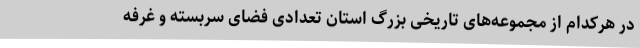
در هرکدام از مجموعه‌های تاریخی بزرگ استان تعدادی فضای سربسته و غرفه